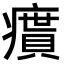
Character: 𤺔